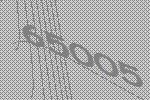
65005